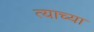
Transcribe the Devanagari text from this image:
त्‍याच्या